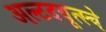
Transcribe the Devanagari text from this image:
अल्टदयूत्स्चे